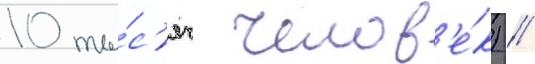
10 ты́с'яч челов'е́к) //